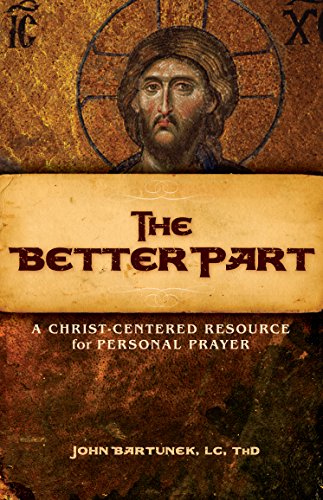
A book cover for The Better Part: A Christ-Centered Resource for Personal Prayer; John Bartunek; Religion & Spirituality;